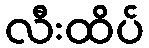
လီးထိပ်